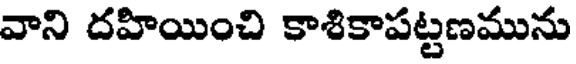
వాని దహియించి కాశికాపట్టణమును